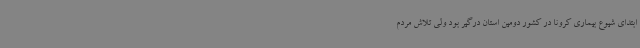
ابتدای شیوع بیماری کرونا در کشور دومین استان درگیر بود ولی تلاش مردم